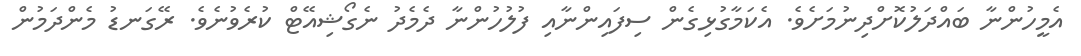
އެމީހުންނާ ބައްދަލުކޮށްދިނުމަށެވެ. އެކަމާގުޅިގެން ސިފައިންނާއި ފުލުހުންނާ ދެމެދު ނެގޯޝިއޭޓް ކުރެވުނެވެ. ރޭގަނޑު މެންދަމުން